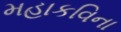
મહાકવિના